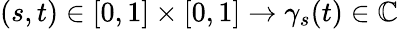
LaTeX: (s,t)\in[0,1]\times[0,1]\to\gamma_{s}(t)\in\mathbb{C}